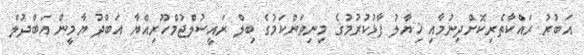
އަބުރު ރައްކާތެރިކޮށްދިނުމާއި ޚިޔާލު ފާޅުކުރުމުގެ މިނިވަންކަމުގެ ބިލް ރައީސުލްޖުމްހޫރިއްޔާ އަބްދު ޔާމީން އަބްދުލް